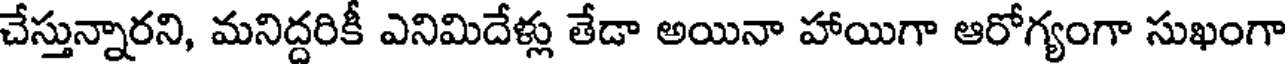
చేస్తున్నారని, మనిద్దరికీ ఎనిమిదేళ్లు తేడా అయినా హాయిగా ఆరోగ్యంగా సుఖంగా